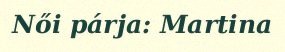
Női párja: Martina